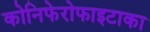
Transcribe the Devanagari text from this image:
कोनिफेरोफाइटाका